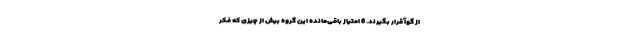
از گوآ قرار بگیرند. 6 امتیاز باقی‌مانده این گروه بیش از چیزی که فکر